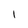
Character: l